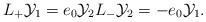
LaTeX: \begin{align*}L_+ \mathcal{Y}_1 =e_0 \mathcal{Y}_2 L_- \mathcal{Y}_2 =-e_0 \mathcal{Y}_1.\end{align*}